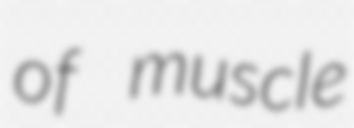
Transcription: of muscle